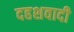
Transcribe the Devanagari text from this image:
दहशवादी